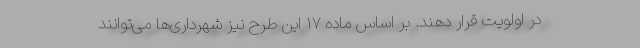
در اولویت قرار دهند. بر اساس ماده ۱۷ این طرح نیز شهرداری‌ها می‌توانند